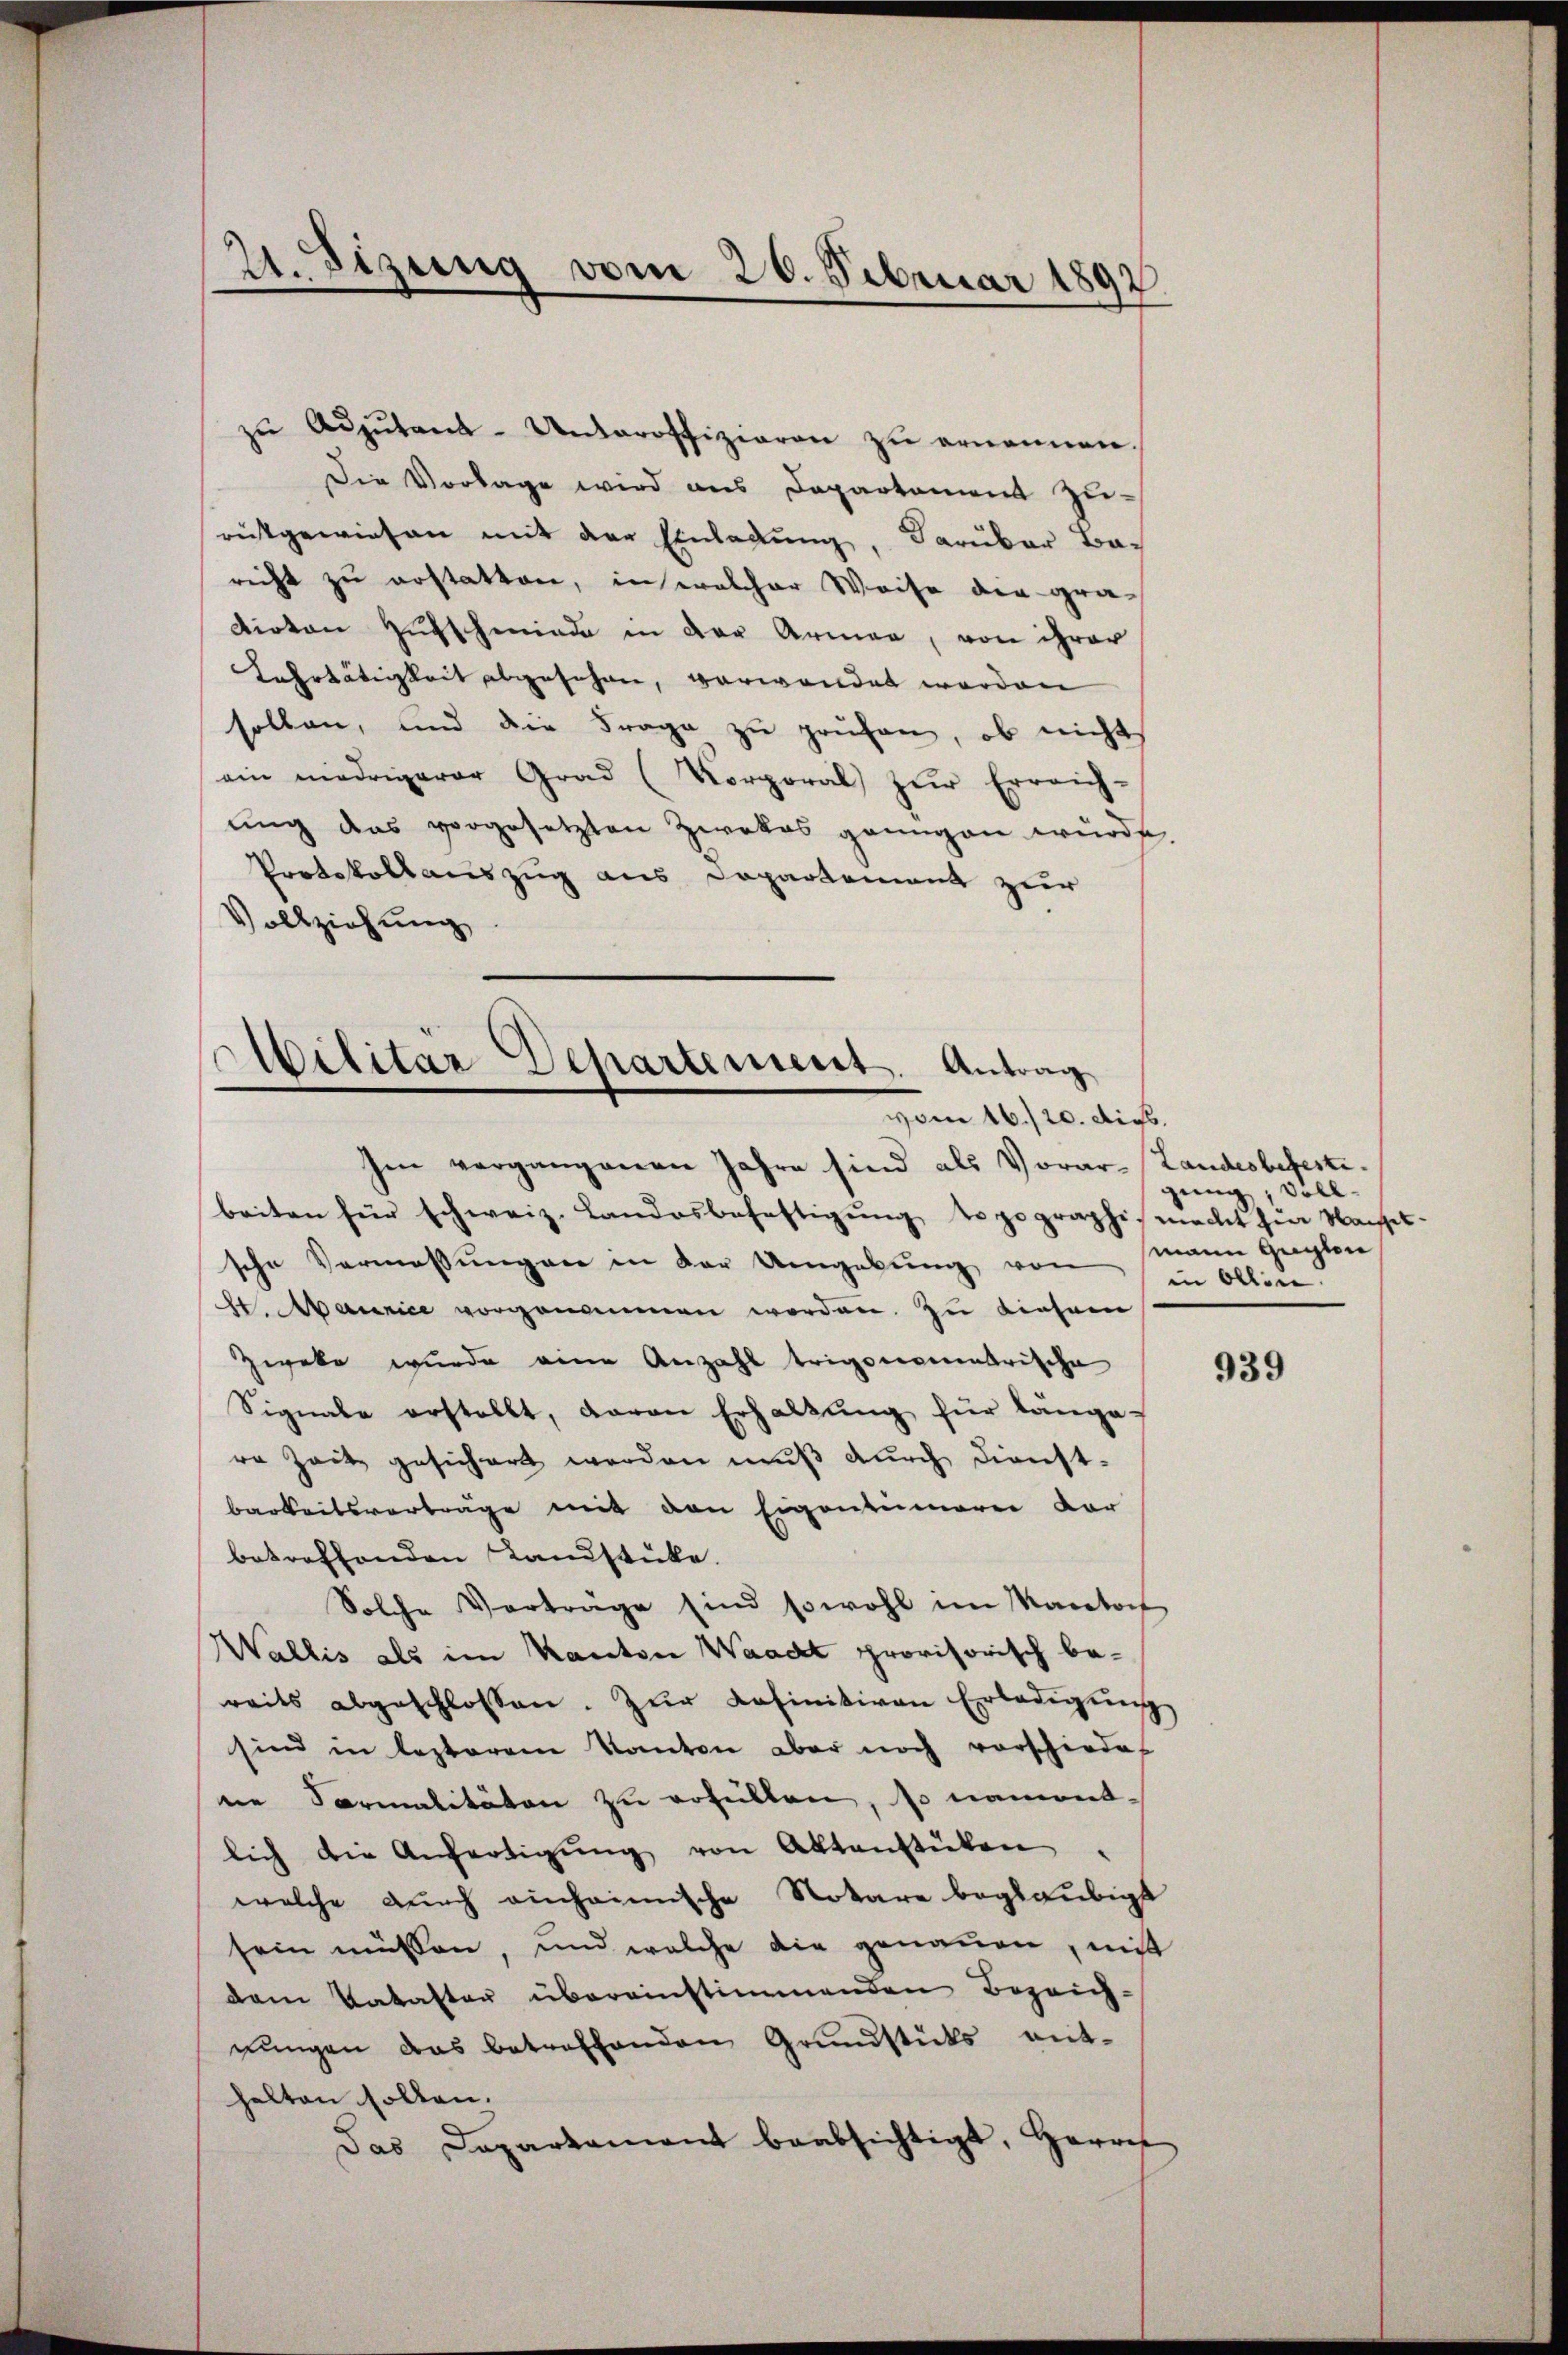
2.Sizung vom 20. Februar 1892

zŭ Adjutant-Unteroffizieren zu ernennen.
Die Vorlage wird aus Departement zurückgewiesen mit der Einladung, darüber Baricht zu erstatten, in welcher Weise die gra-
dirten Hufschmiede in der Armen, von ihrer
ehrtätigkeit abgesehen, verwandet worden
sollen, und die Frage zu prüfen, ob nicht
ein niedrigerer Grad (Korporal zŭr Erreich-
ŭng das vorgesetzten Zwekes genügen würde.
Protokollauszug aus Departement zur
Vollziehung

Albilitär Departement. Antrag
vom 16./20. dies.

Im vergangenen Jahre sind als Vorar-Landesbefestebeiten für schweiz. Landosbefestigŭng topographimecht für Nachset-
sche Vermassŭngen in der Umgebung von mann gegen
h. Maurice vorgenommen worden. Zu diesem
Zweke wurde eine Anzahl trigonoernkrische
Signale erstellt, davon Erhaltŭng für länge-
re Zeit gesichert werden mŭβ dŭrch dienst-
barkeitsverträge mit den Eigentümerer Vor
betreffenden Landstücke.
Solche Vorträge sind sowohl im Kantof
Wallis als im Kanton Waadt provisorisch be-
reits abgeschlossen. Zŭr Kofinitiven Erledigŭng
sind in lezterem Kanton aber noch vorschiede
ne Formalitäten zu erfüllen, so namentlich die Anfertigŭng von Aktenstücken
welche durch einheimische Notare beglaubigt
sein müssen, und welche die genauen, mit
dem Vakaster übereinstimmenden Bezeich-
nŭngen das betreffenden Grŭndstücks eit-
halten sollen.
Das Departament beabsichtigt, Herrs

gung, vollin allen.

939